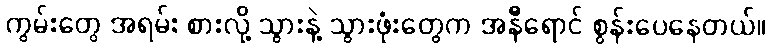
ကွမ်းတွေ အရမ်း စားလို့ သွားနဲ့ သွားဖုံးတွေက အနီရောင် စွန်းပေနေတယ်။